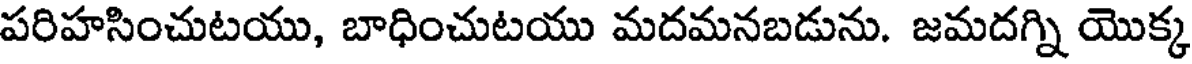
పరిహసించుటయు, బాధించుటయు మదమనబడును. జమదగ్ని యొక్క